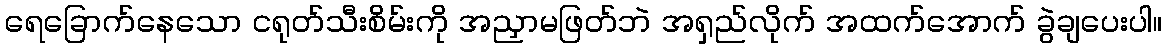
ရေခြောက်နေသော ငရုတ်သီးစိမ်းကို အညှာမဖြတ်ဘဲ အရှည်လိုက် အထက်အောက် ခွဲချပေးပါ။